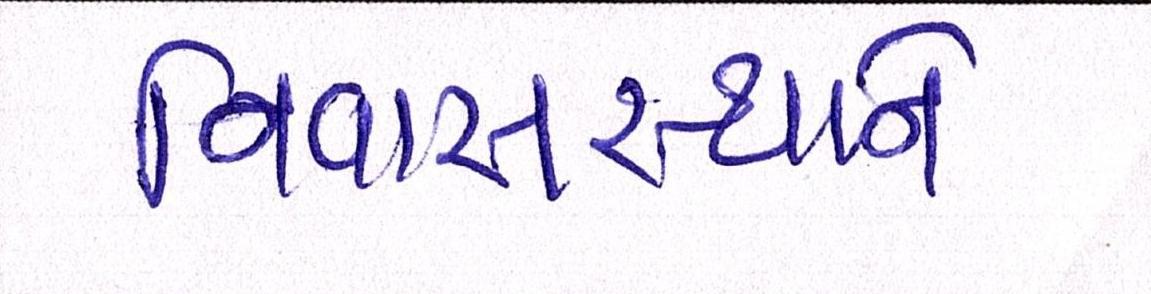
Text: નિવાસસ્થાને